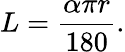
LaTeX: L={\frac{\alpha\pi r}{180}}.